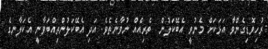
ރުހިވޮޑިގެންވާ އަޅަކަށް މެނުވީ އެބޭކަލުން  ތެރިއެއް ނުވާނެތެވެ. އަދި އެބޭކަލުންތިއްބަވާނީ އެކަލާނގެ